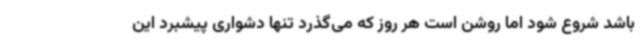
باشد شروع شود اما روشن است هر روز که می‌گذرد تنها دشواری پیشبرد این